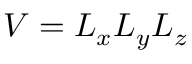
V = L _ { x } L _ { y } L _ { z }